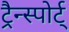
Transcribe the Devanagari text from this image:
ट्रैन्स्पोर्ट्